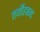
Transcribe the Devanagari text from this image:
तर्जीहबन्द